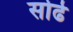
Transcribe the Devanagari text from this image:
सोढे